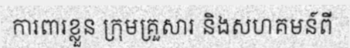
ការពារខ្លួន ក្រុមគ្រួសារ និងសហគមន៍ពី